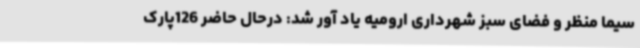
سیما منظر و فضای سبز شهرداری ارومیه یاد آور شد: درحال حاضر 126پارک